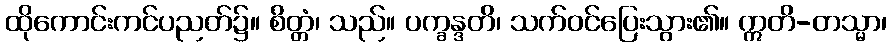
ထိုကောင်းကင်ပညတ်၌။ စိတ္တံ၊ သည်။ ပက္ခန္ဒတိ၊ သက်ဝင်ပြေးသွား၏။ ဣတိ-တသ္မာ၊